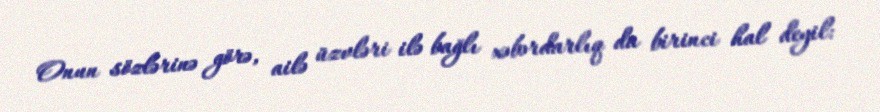
Onun sözlərinə görə, ailə üzvləri ilə bağlı xəbərdarlıq da birinci hal deyil: